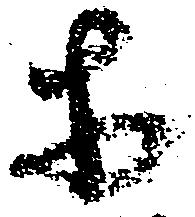
等